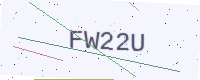
Text: FW22U